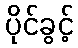
ပိုင်ခွင့်